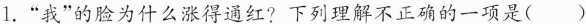
1.”我”的脸为什么涨得通红?下列理解不正确的一项是( )